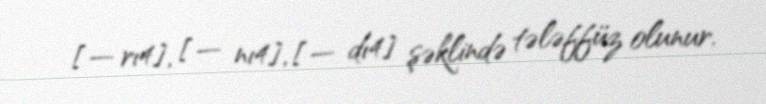
[— rı⁴], [— nı⁴], [— dı⁴] şəklində tələffüz olunur.